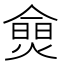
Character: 𰟗